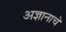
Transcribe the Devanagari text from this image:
अज्ञानाचे